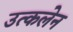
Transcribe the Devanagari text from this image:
उत्कलेन